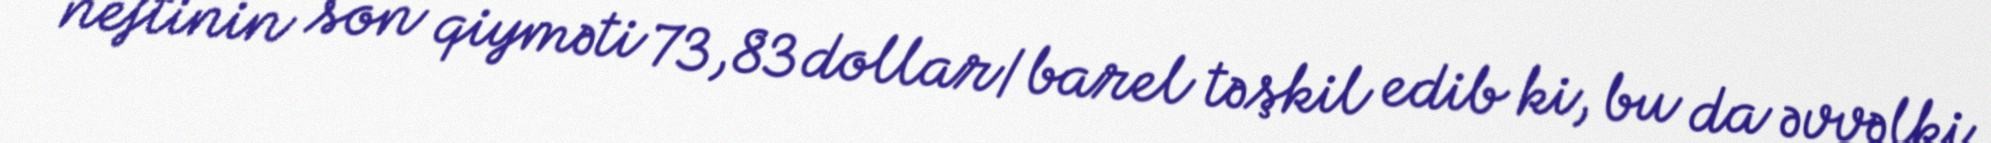
neftinin son qiyməti 73,83 dollar/barel təşkil edib ki, bu da əvvəlki